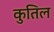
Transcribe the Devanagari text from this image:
कुतिल